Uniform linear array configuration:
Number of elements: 24
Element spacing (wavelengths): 1
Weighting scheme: uniform
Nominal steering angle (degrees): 60
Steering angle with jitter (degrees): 60.542
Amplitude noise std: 0.05
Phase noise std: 0.05

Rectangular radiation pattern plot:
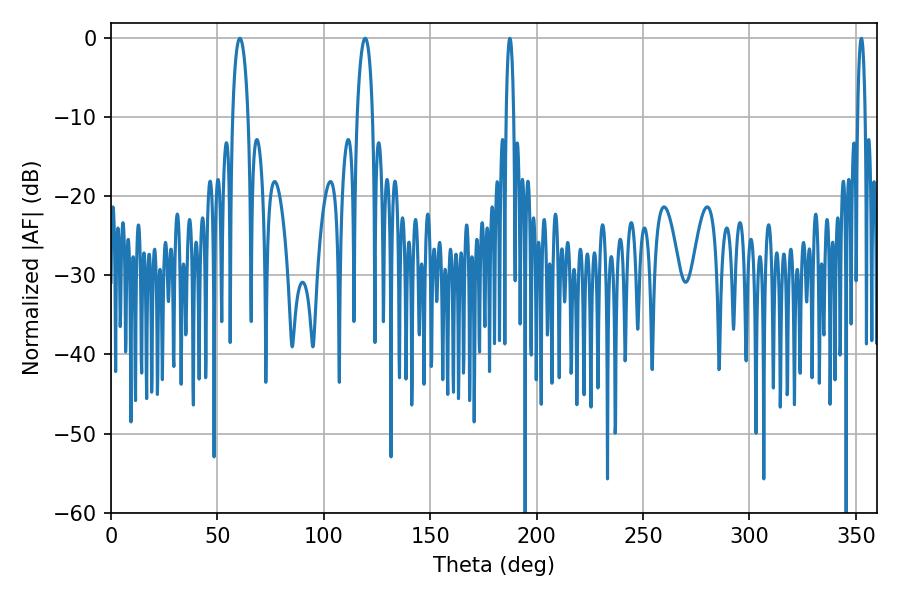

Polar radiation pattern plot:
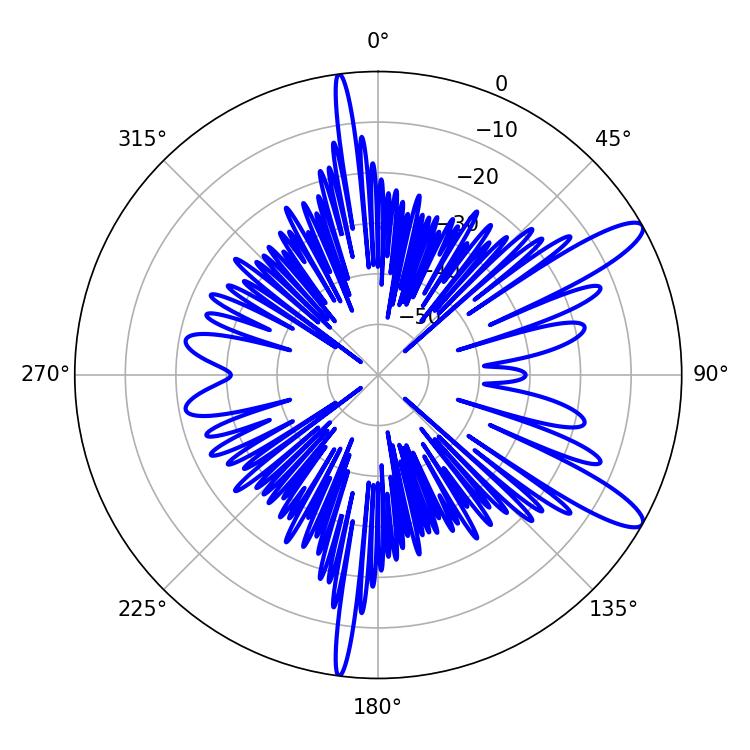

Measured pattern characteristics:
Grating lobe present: TRUE
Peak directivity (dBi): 11.777
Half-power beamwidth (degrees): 4.14
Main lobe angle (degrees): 60.48